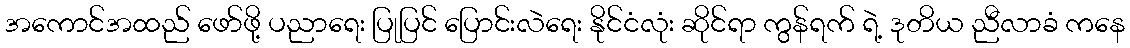
အကောင်အထည် ဖော်ဖို့ ပညာရေး ပြုပြင် ပြောင်းလဲရေး နိုင်ငံလုံး ဆိုင်ရာ ကွန်ရက် ရဲ့ ဒုတိယ ညီလာခံ ကနေ